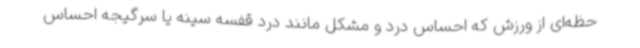
حظه‌ای از ورزش که احساس درد و مشکل مانند درد قفسه سینه یا سرگیجه احساس